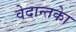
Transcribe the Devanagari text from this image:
वेदान्तकाे